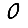
Digit: 0